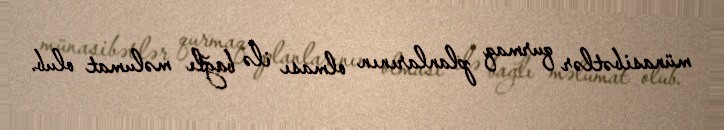
münasibətlər qurmaq planlarının olması ilə bağlı məlumat olub.